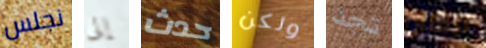
نجلس إلى حدث ولكن تجد تيلمان